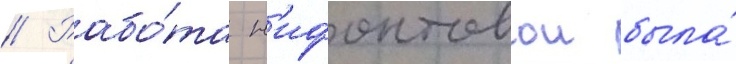
// Рабо́та н'ифонтовои была́